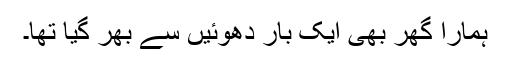
ہمارا گھر بھی ایک بار دھوئیں سے بھر گیا تھا۔